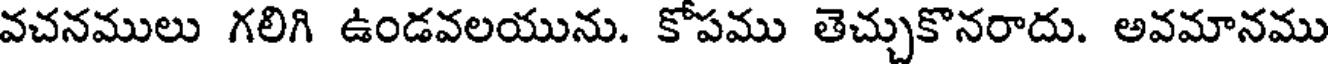
వచనములు గలిగి ఉండవలయును. కోపము తెచ్చుకొనరాదు. అవమానము